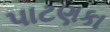
પાટણકા